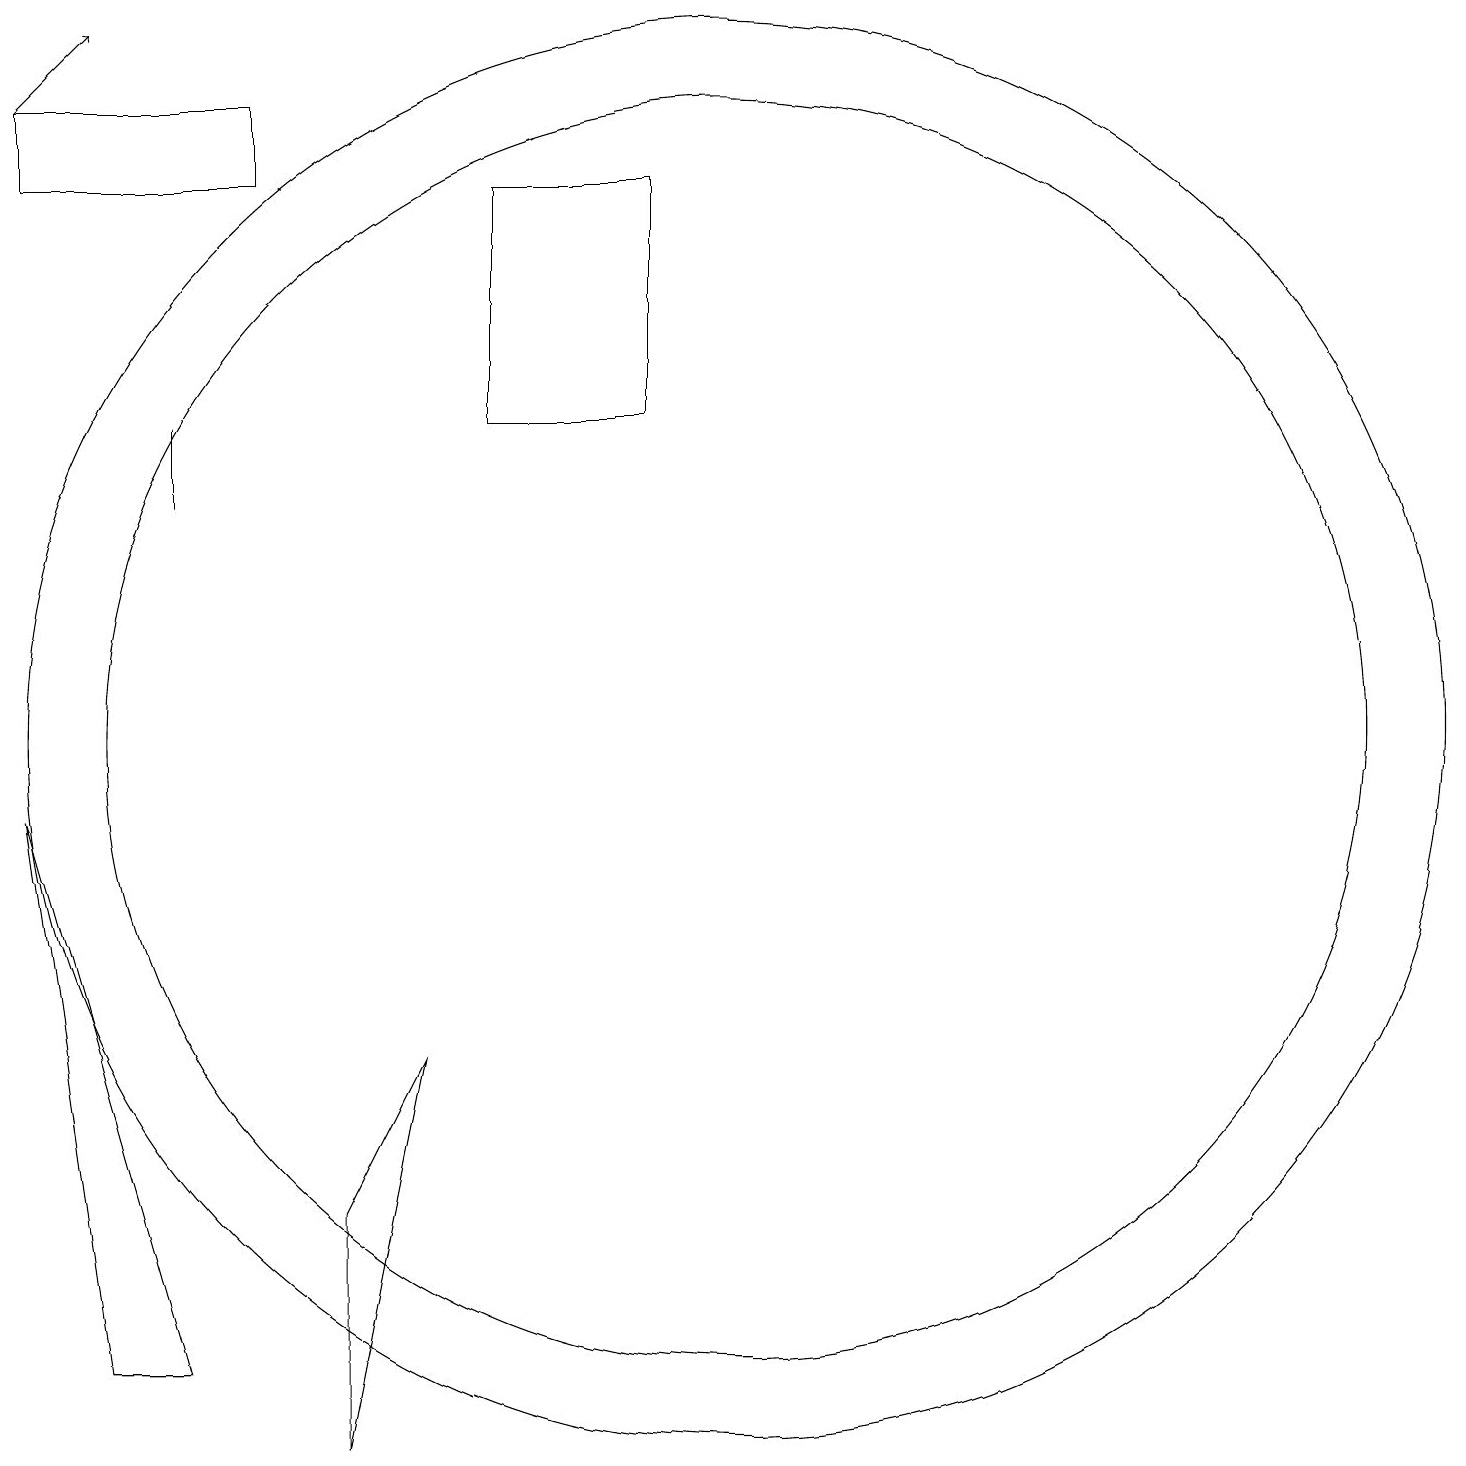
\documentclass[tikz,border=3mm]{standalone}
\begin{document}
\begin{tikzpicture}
\draw (6,6) -- (5,4) -- (5,1) -- cycle;
\draw (10,10) circle (9);
\draw (3,2) -- (1,9) -- (2,2) -- cycle;
\draw[->] (1,18) -- (2,19);
\draw (10,10) circle (8);
\draw (4,18) rectangle (1,17);
\draw (3,13) rectangle (3,14);
\draw (9,17) rectangle (7,14);
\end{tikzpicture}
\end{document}